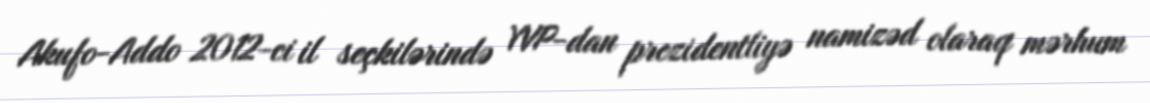
Akufo-Addo 2012-ci il seçkilərində YVP-dan prezidentliyə namizəd olaraq mərhum